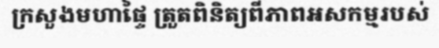
ក្រសួងមហាផ្ទៃ ត្រួតពិនិត្យពីភាពអសកម្មរបស់